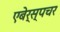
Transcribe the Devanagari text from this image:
एबेर्स्पचर